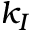
k _ { I }